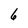
Character: 6